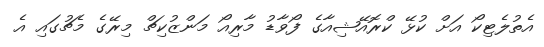
އެތުލެޓިކޯ އަށް ކުޅޭ ކްރޮއޭޝިއާގެ ފޯވާޑު މާރިއޯ މަންޒުކިޗް މިރޭގެ މެޗުގައި އެ